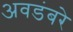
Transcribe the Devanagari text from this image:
अवडंबरे